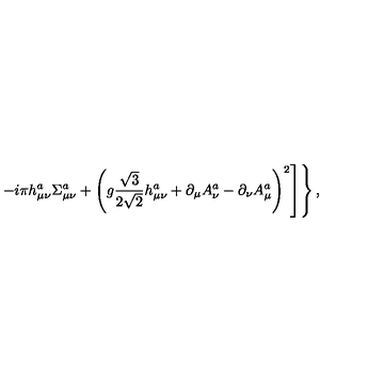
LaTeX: \left. \left. - i \pi h _ { \mu \nu } ^ { a } \Sigma _ { \mu \nu } ^ { a } + \left( g \frac { \sqrt { 3 } } { 2 \sqrt { 2 } } h _ { \mu \nu } ^ { a } + \partial _ { \mu } A _ { \nu } ^ { a } - \partial _ { \nu } A _ { \mu } ^ { a } \right) ^ { 2 } \right] \right\} ,